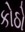
કોઠો